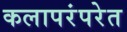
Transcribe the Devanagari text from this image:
कलापरंपरेत